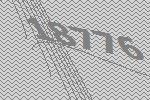
18776